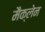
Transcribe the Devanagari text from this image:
मैक्‍लेन